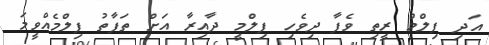
އަދި ފިލްމް ރީތި ވެފާ ދިވެހި ފިލްމީ ދާއިރާ އަށް ތަފާތު ފިލްމެއްވީމަ